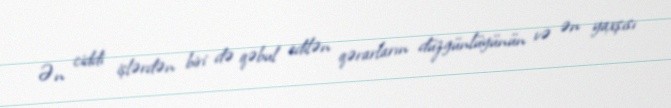
Ən ciddi işlərdən biri də qəbul edilən qərarların düzgünlüyünün və ən yaxşısı